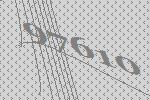
97610